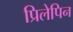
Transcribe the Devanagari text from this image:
प्रिलेपिन